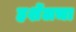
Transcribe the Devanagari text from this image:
हर्शेलचा